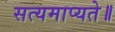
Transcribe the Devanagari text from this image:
सत्यमाप्यते॥